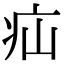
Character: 疝